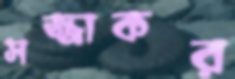
সজ্জাকর